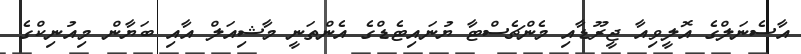
އާސެނަލްގެ އޮލީވިއާ ޖީރޫޑާއި މެންޗެސްޓާ ޔުނައިޓެޑްގެ އެންތަނީ މާޝިއަލް އާއި ބަޔާން މިއުނިކްގެ